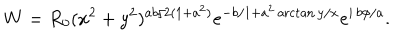
LaTeX: W = R _ { 0 } ( x ^ { 2 } + y ^ { 2 } ) ^ { a b / 2 ( 1 + a ^ { 2 } ) } e ^ { - b / 1 + a ^ { 2 } \operatorname { a r c t a n } y / x } e ^ { i \, b \phi / a } .